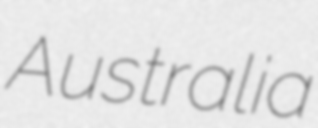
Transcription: Australia